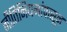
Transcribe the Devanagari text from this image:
नीतिनियमांपासून